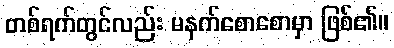
တစ်ရက်တွင်လည်း မနက်စောစောမှာ ဖြစ်၏။